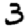
Digit: 3